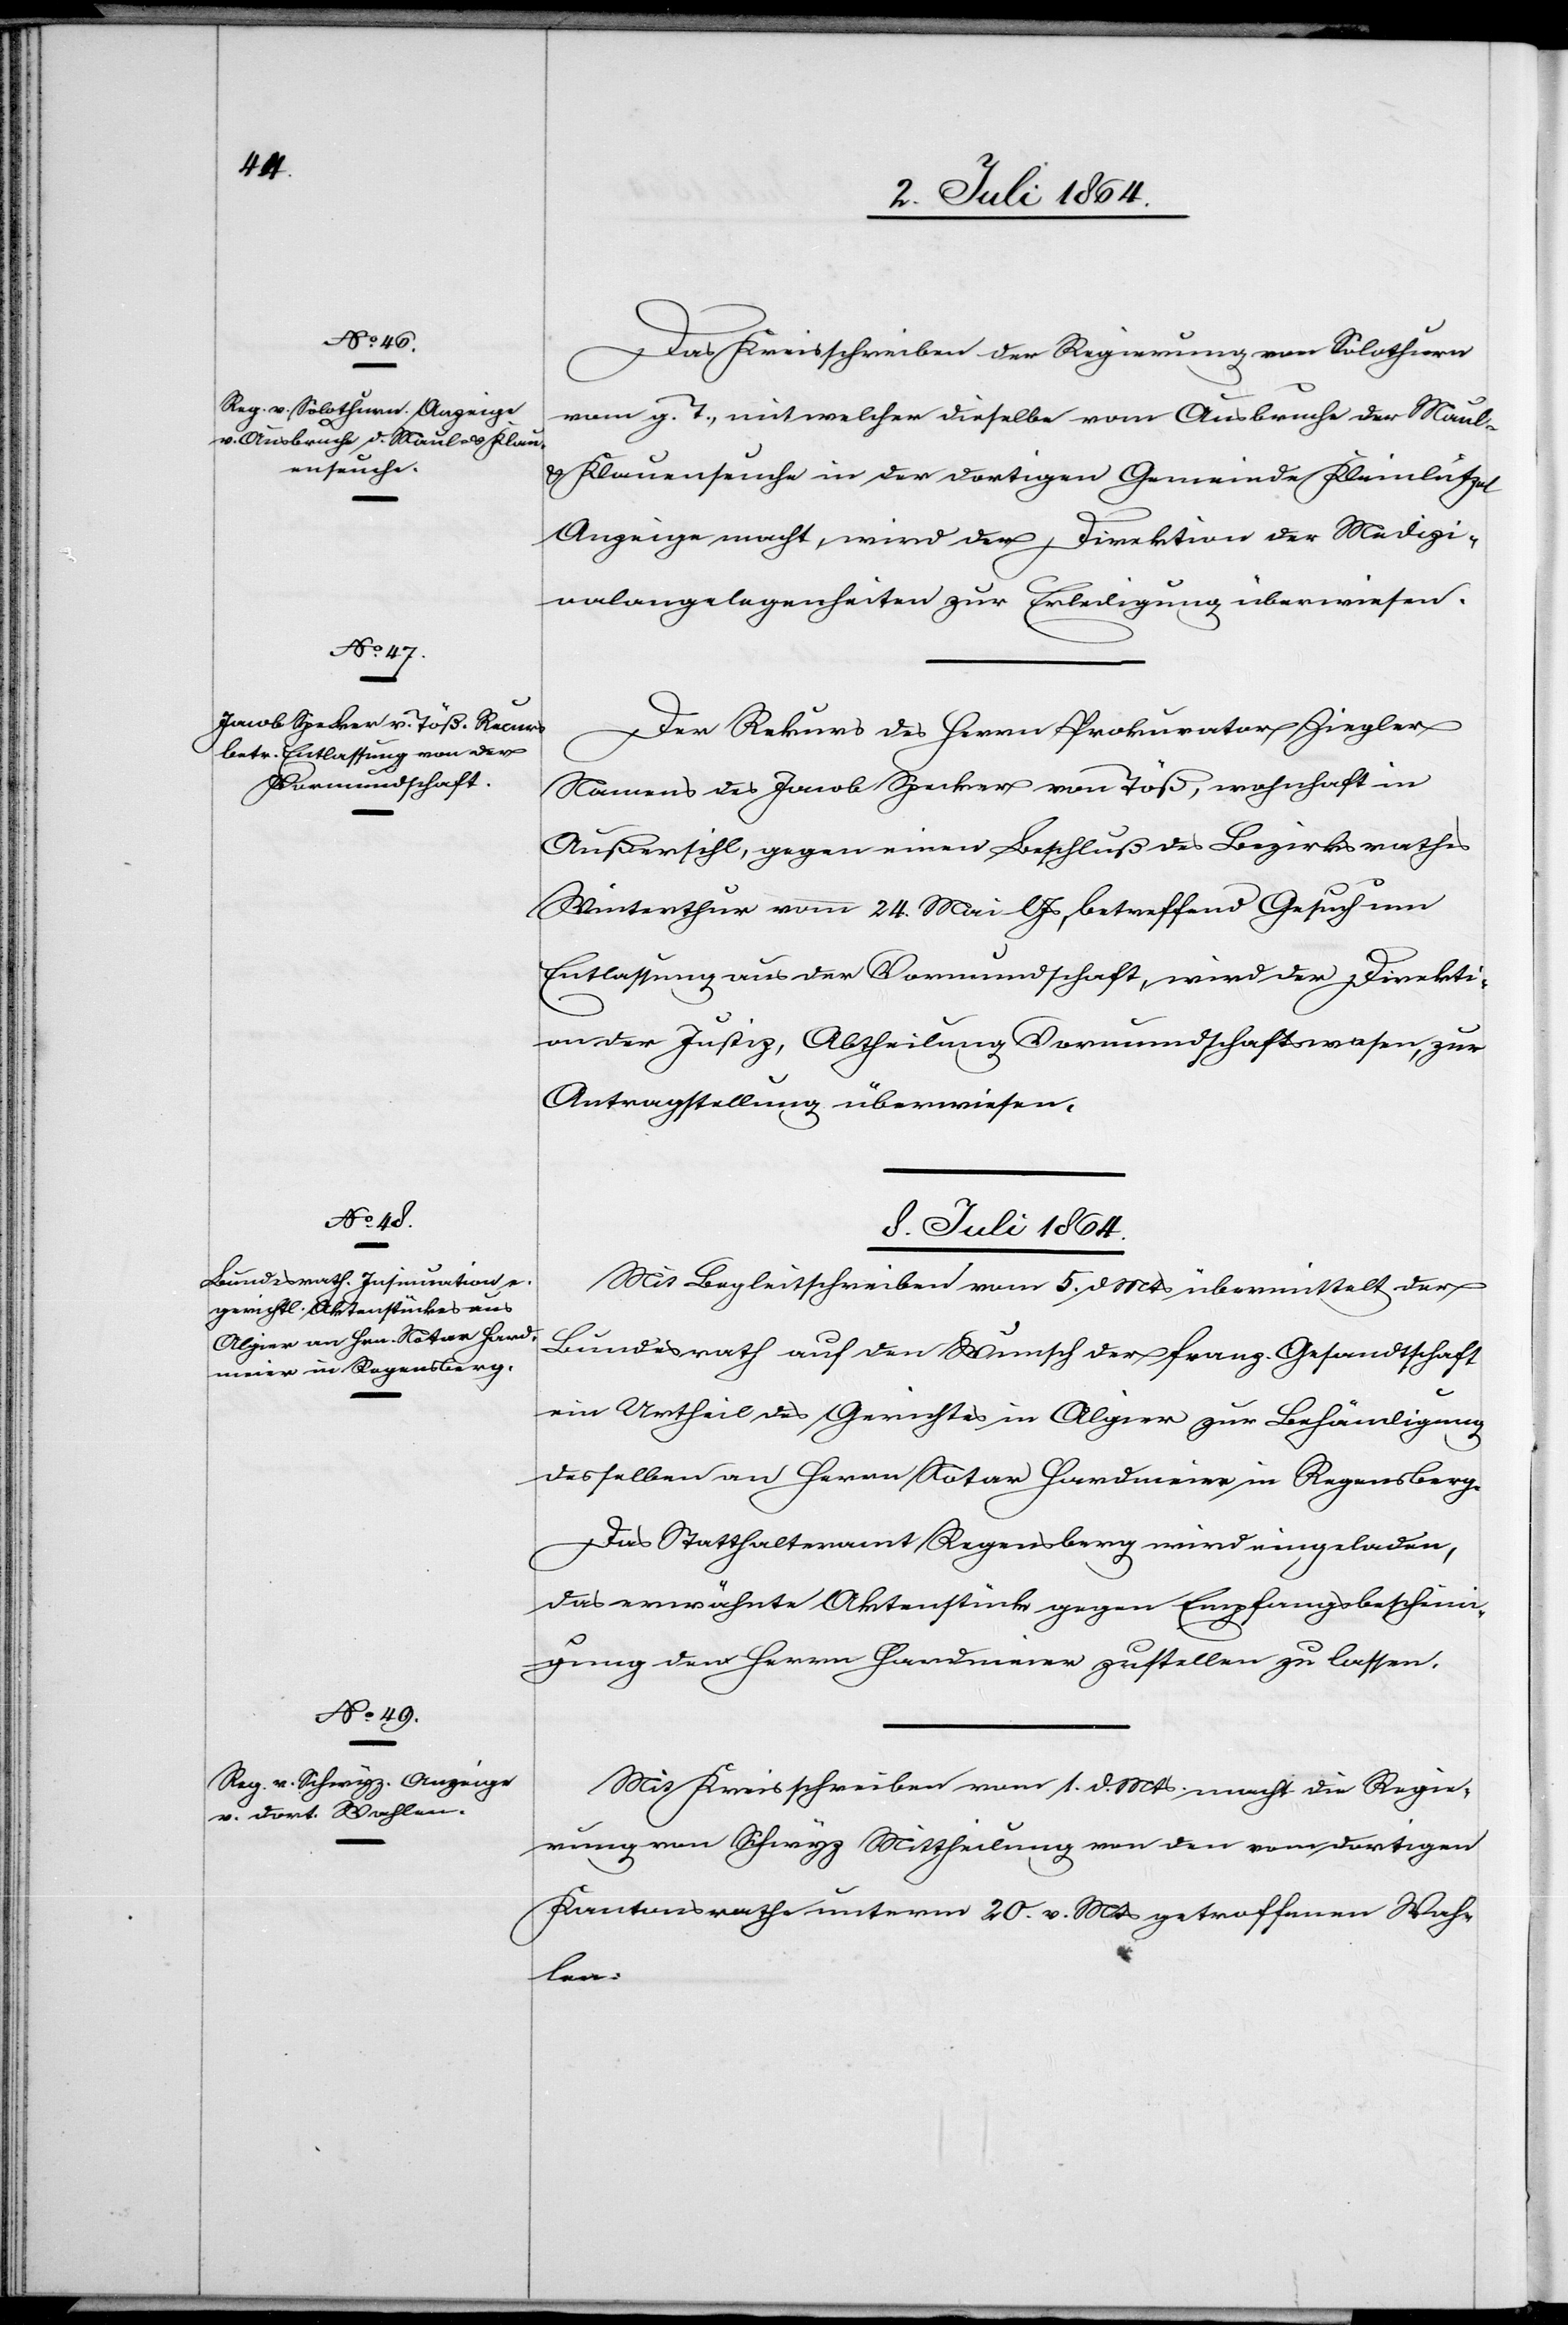
8. Juli 1864.]
Das Kreisschreiben der Regierung von Solothurn
vom g. T., mit welcher [sic!] dieselbe vom Ausbruche der Maul-
u. Klauenseuche in der dortigen Gemeinde Kleinlützel
Anzeige macht, wird der Direktion der Medizi¬
nalangelegenheiten zur Erledigung überwiesen.
Der Rekurs des Herrn Prokurator Ziegler
Namens des Jacob Specker von Töß, wohnhaft in
Außersihl, gegen einen Beschluß des Bezirksrathes
Winterthur vom 24. Mai l. Js., betreffend Gesuch um
Entlassung aus der Vormundschaft, wird der Direkti¬
on der Justiz, Abtheilung Vormundschaftswesen, zur
Antragstellung überwiesen.
8. Juli 1864.
Mit Begleitschreiben vom 5. d. Mts. übermittelt der
Bundesrath auf den Wunsch der franz. Gesandtschaft
ein Urtheil des Gerichtes in Algier zur Behändigung
desselben an Herrn Notar Hardmeier in Regensberg.
Das Statthalteramt Regensberg wird eingeladen,
das erwähnte Aktenstück gegen Empfangsbeschein¬
igung dem Herrn Hardmeier zustellen zu lassen.
Mit Kreisschreiben vom 1. d. Mts. macht die Regie¬
rung von Schwyz Mittheilung von den vom dortigen
Kantonsrathe unterm 20. v. Mts. getroffenen Wah¬
len: